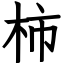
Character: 柿